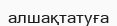
алшақтатуға